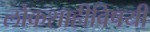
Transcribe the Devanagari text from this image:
लोकशाहीविषयी